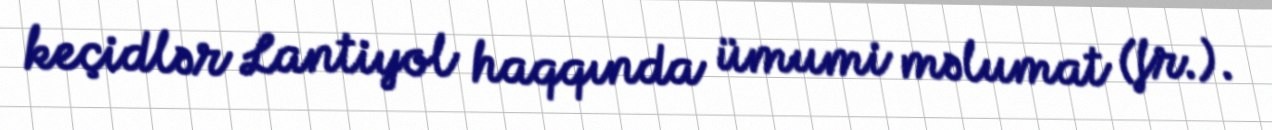
keçidlər Lantiyol haqqında ümumi məlumat (fr.).